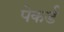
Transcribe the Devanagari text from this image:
पेकर्ड